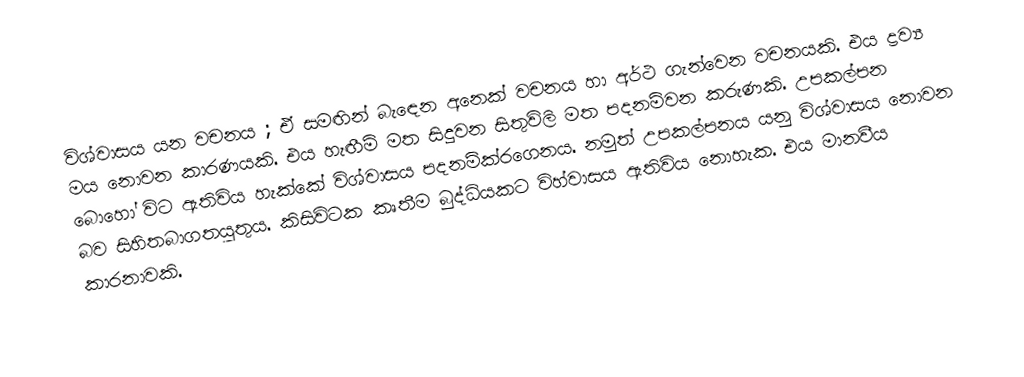
විශ්වාසය යන වචනය ; ඒ සමඟින් බැඳෙන අනෙක් වචනය හා අර්ථ ගැන්වෙන වචනයකි. එය ද්‍රව්‍ය මය නොවන කාරණයකි. එය හැඟීම් මත සිදුවන සිතුවිලි මත පදනම්වන කරුණකි. උපකල්පන බොහෝ විට ඇතිවිය හැක්කේ විශ්වාසය පදනම්ක්රගෙනය. නමුත් උපකල්පනය යනු විශ්වාසය නොවන බව සිහිතබාගතයුතුය. කිසිවිටක කෘතීම බුද්ධියකට විහ්වාසය ඇතිවිය නොහැක. එය මානවීය කාරනාවකි.